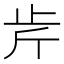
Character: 𣥍